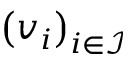
\left( \boldsymbol { v } _ { i } \right) _ { i \in \mathcal { I } }